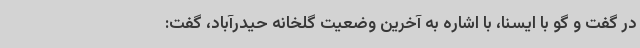
در گفت و گو با ایسنا، با اشاره به آخرین وضعیت گلخانه حیدرآباد، گفت: